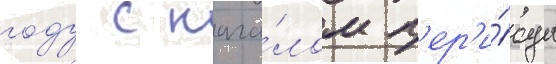
году с нача́лом п'ер'и́ода